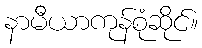
နာမီယာကုန်စုံဆိုင်။